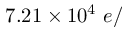
7 . 2 1 \times 1 0 ^ { 4 } ~ e /